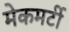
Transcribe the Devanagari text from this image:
मेकमर्टी